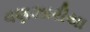
વણઝારીયા